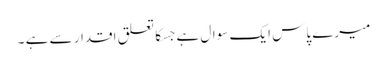
میرے پاس ایک سوال ہے جسکا تعلق اقدار سے ہے ۔